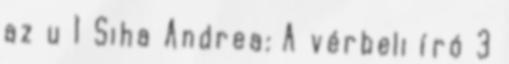
az u 1 Siha Andrea: A vérbeli író 3